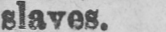
slaves.